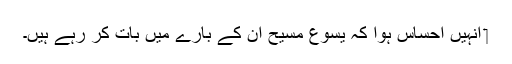
‏ اُنہیں احساس ہوا کہ یسوع مسیح اُن کے بارے میں بات کر رہے ہیں۔